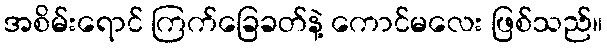
အစိမ်းရောင် ကြက်ခြေခတ်နဲ့ ကောင်မလေး ဖြစ်သည်။